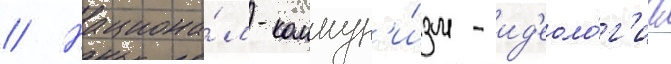
// Национа́л-коммун'и́зм - ид'еоло́г'иа